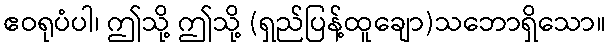
ဧဝရုပံပါ၊ ဤသို့ ဤသို့ (ရှည်ပြန့်ထူချော)သဘောရှိသော။